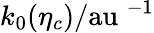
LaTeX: k_{0}(\eta_{c})/{\mathrm{au}}\; ^{-1}